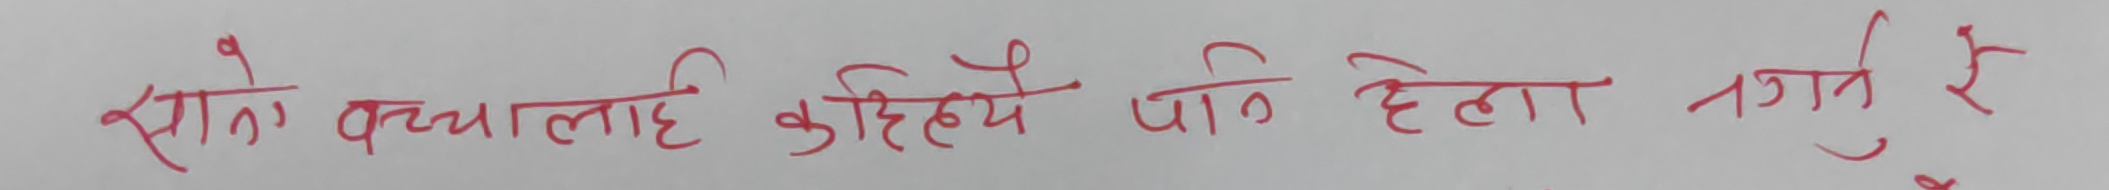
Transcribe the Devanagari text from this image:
सगै बच्चालाई कहिल्यै पनि हेला नगर्नु रे